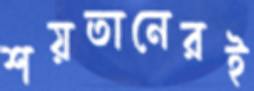
শয়তানেরই